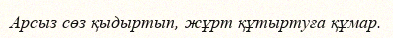
Арсыз сөз қыдыртып, жұрт құтыртуға құмар.